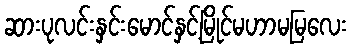
ဆားပုလင်းနှင်းမောင်နှင့်မြိုင်မဟာမမြလေး